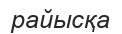
райысқа